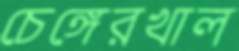
চেঙ্গেরখাল